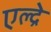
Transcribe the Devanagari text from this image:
एल्द्रे